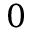
0